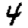
Digit: 4